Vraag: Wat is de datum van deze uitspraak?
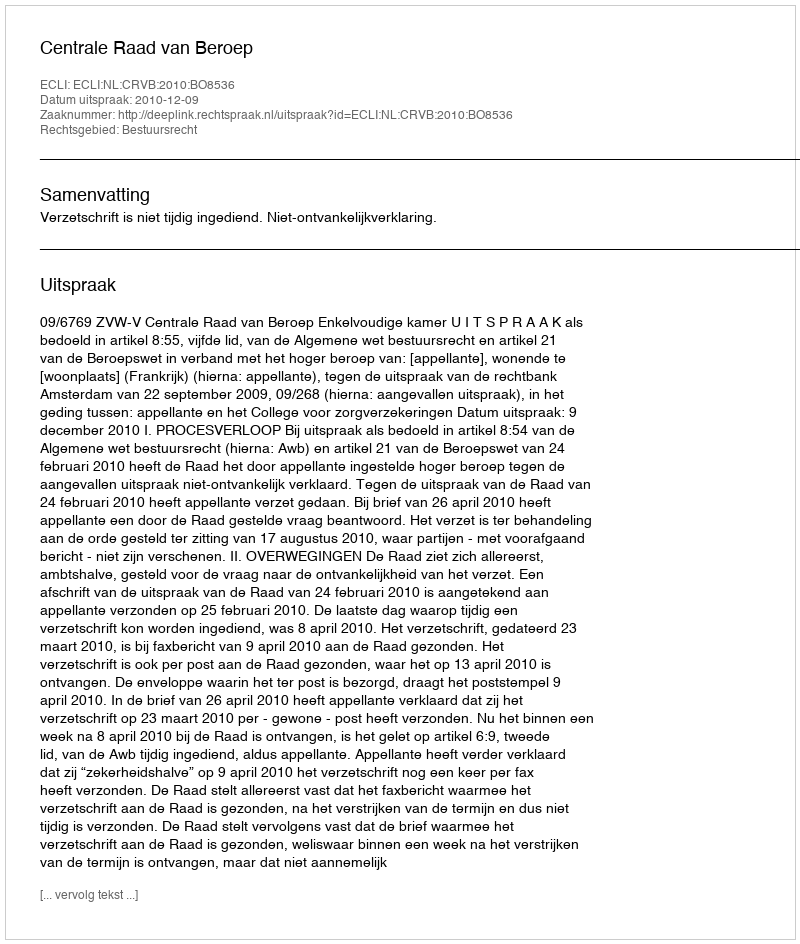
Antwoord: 2010-12-09